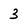
Character: 3